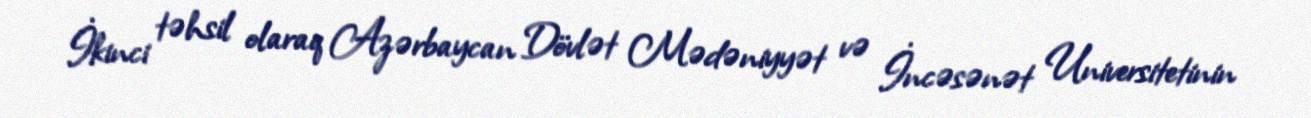
İkinci təhsil olaraq Azərbaycan Dövlət Mədəniyyət və İncəsənət Universitetinin